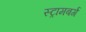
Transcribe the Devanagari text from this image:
स्ट्रामबर्ग